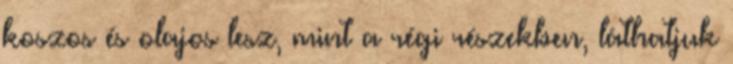
koszos és olajos lesz, mint a régi részekben, láthatjuk